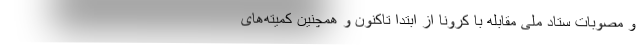
و مصوبات ستاد ملی مقابله با کرونا از ابتدا تاکنون و همچنین کمیته‌های